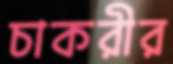
চাকরীর